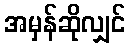
အမှန်ဆိုလျှင်